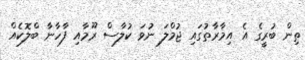
ތިން ބުރީގެ އެ އިމާރާތުގައި ޖުމްލަ ނުވަ ކުލާސް ރޫމާއި ފާހާނާ ބްލޮކެއް